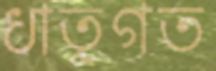
ধাতুগত